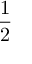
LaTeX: \frac { 1 } { 2 }